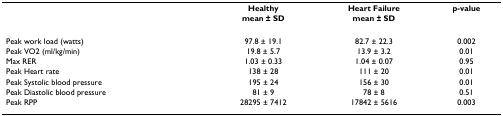
|  | Healthy | Heart Failure | p-value |
 |  | mean ± SD | mean ± SD |  |
 | --- | --- | --- | --- |
 | Peak work load (watts) | 97.8 ± 19.1 | 82.7 ± 22.3 | 0.002 |
 | Peak VO2 (ml/kg/min) | 19.8 ± 5.7 | 13.9 ± 3.2 | 0.01 |
 | Max RER | 1.03 ± 0.33 | 1.04 ± 0.07 | 0.95 |
 | Peak Heart rate | 138 ± 28 | 111 ± 20 | 0.01 |
 | Peak Systolic blood pressure | 195 ± 24 | 156 ± 30 | 0.01 |
 | Peak Diastolic blood pressure | 81 ± 9 | 78 ± 8 | 0.51 |
 | Peak RPP | 28295 ± 7412 | 17842 ± 5616 | 0.003 |